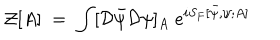
{ \mathcal Z } [ A ] \; = \; \int [ { \mathcal D } { \bar { \psi } } { \mathcal D } \psi ] _ { A } \; e ^ { i S _ { F } [ { \bar { \psi } } , \psi ; A ] }